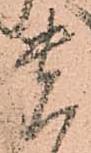
貴